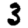
Digit: 3